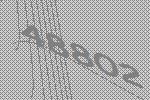
48802